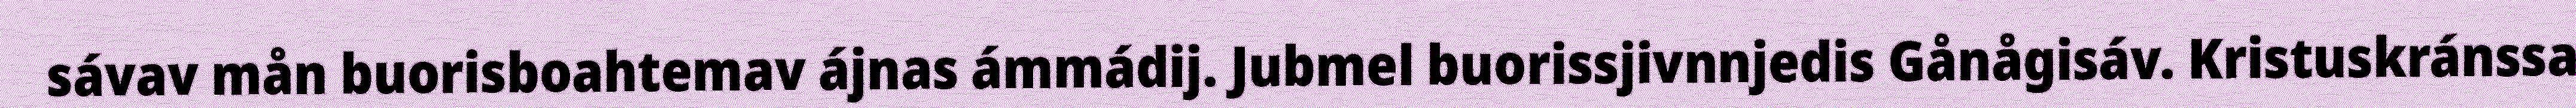
sávav mån buorisboahtemav ájnas ámmádij. Jubmel buorissjivnnjedis Gånågisáv. Kristuskránssa